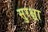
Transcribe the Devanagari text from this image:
सुरक्ष्रा